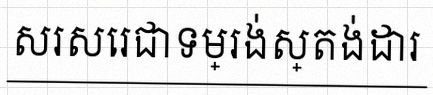
សរសេរជាទម្រង់ស្តង់ដារ